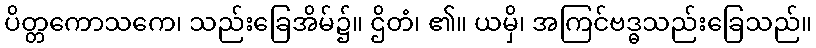
ပိတ္တကောသကေ၊ သည်းခြေအိမ်၌။ ဌိတံ၊ ၏။ ယမှိ၊ အကြင်ဗဒ္ဓသည်းခြေသည်။